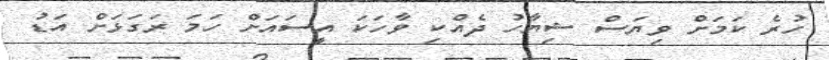
ހުރެ ކަމަށް ވިޔަސް ޝިޔާހު ދެއްކި ވާހަކަ އީސައަށް ހަމަ ރަގަޅަށް އަޑު